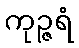
ကုဉ္ဇရံ